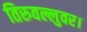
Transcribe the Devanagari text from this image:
तिरुवल्लुवर।